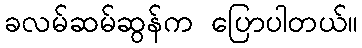
ခလမ်ဆမ်ဆွန်က ပြောပါတယ်။